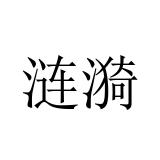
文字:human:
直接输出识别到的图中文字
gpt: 涟漪